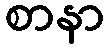
စာနာ